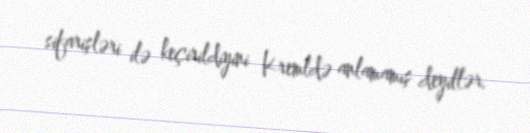
sifarişləri ilə keçirildiyini Kremldə anlamamış deyillər.